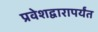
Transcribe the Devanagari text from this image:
प्रवेशद्वारापर्यंत